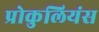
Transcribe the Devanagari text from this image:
प्रोकुलियंस